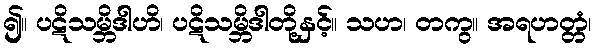
၍။ ပဋိသမ္ဘိဒါဟိ၊ ပဋိသမ္ဘိဒါတို့နှင့်။ သဟ၊ တကွ။ အရဟတ္တံ၊